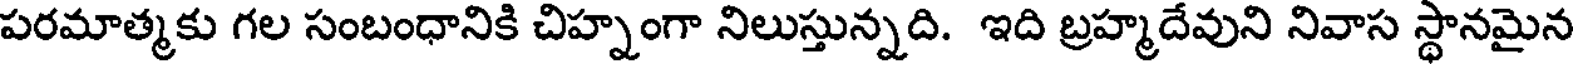
పరమాత్మకు గల సంబంధానికి చిహ్నంగా నిలుస్తున్నది. ఇది బ్రహ్మదేవుని నివాస స్థానమైన